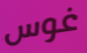
غوس